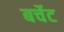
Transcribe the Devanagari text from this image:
बर्चेट